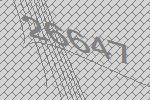
26647